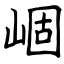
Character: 崓